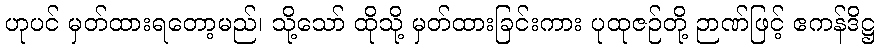
ဟုပင် မှတ်ထားရတော့မည်၊ သို့သော် ထိုသို့ မှတ်ထားခြင်းကား ပုထုဇဉ်တို့ ဉာဏ်ဖြင့် ဧကန်ဒိဋ္ဌ